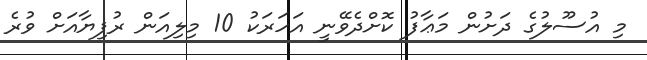
މި އުސޫލުގެ ދަށުން މަޢާފު ކޮށްދެވޭނީ އަހަރަކު 10 މިލިއަން ރުފިޔާއަށް ވުރެ